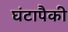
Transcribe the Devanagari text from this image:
घंटापैकी